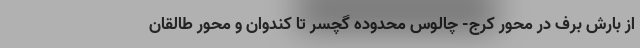
از بارش برف در محور کرج- چالوس محدوده گچسر تا کندوان و محور طالقان